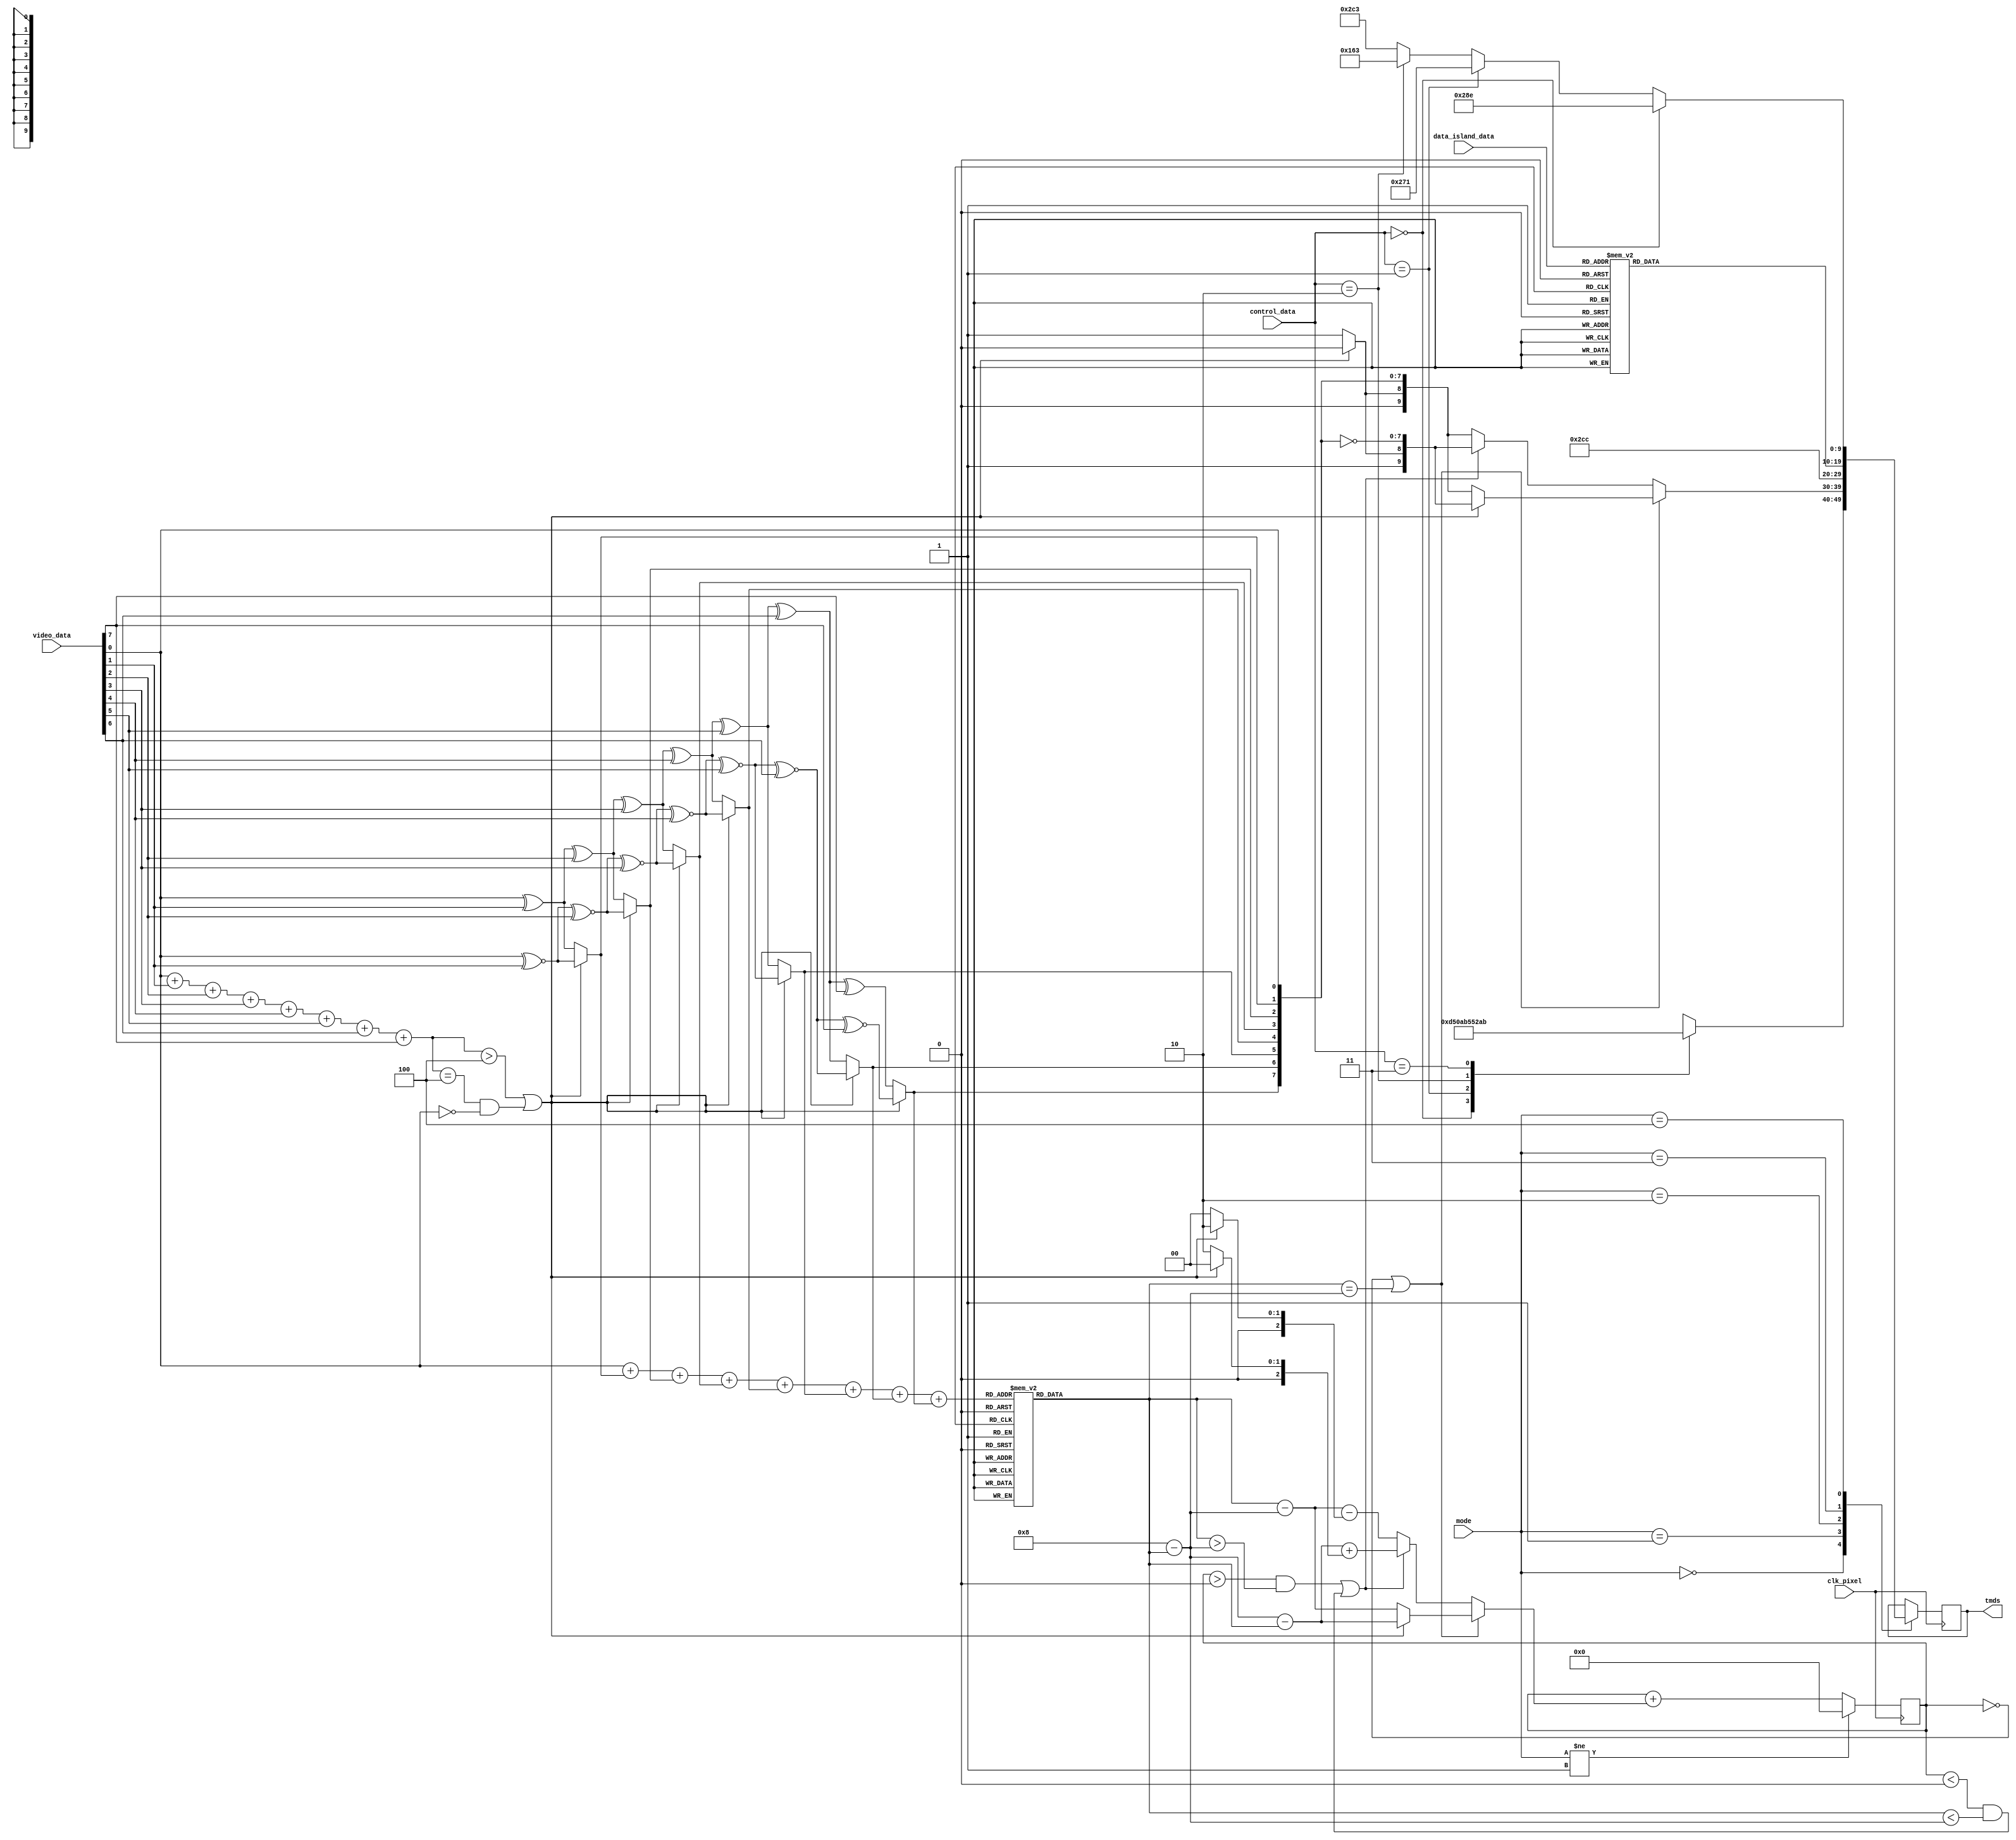
// Implementation of HDMI Spec v1.4a Section 5.4: Encoding, Section 5.2.2.1: Video Guard Band, Section 5.2.3.3: Data Island Guard Bands.
// By Sameer Puri https://github.com/sameer

module tmds_channel
#(
    // TMDS Channel number.
    // There are only 3 possible channel numbers in HDMI 1.4a: 0, 1, 2.
    parameter  CN = 0
)
(
    input  clk_pixel,
    input  [7:0] video_data,
    input  [3:0] data_island_data,
    input  [1:0] control_data,
    input  [2:0] mode,  // Mode select (0 = control, 1 = video, 2 = video guard, 3 = island, 4 = island guard)
    output reg [9:0] tmds = 10'b1101010100
);

// See Section 5.4.4.1
// Below is a direct implementation of Figure 5-7, using the same variable names.

reg signed [4:0] acc = 5'sd0;

reg [8:0] q_m;
reg [9:0] q_out;
wire [9:0] video_coding;
assign video_coding = q_out;

reg [3:0] N1D;
reg signed [4:0] N1q_m07;
reg signed [4:0] N0q_m07;
always @(*)
begin
    N1D = video_data[0] + video_data[1] + video_data[2] + video_data[3] + video_data[4] + video_data[5] + video_data[6] + video_data[7];
    case(q_m[0] + q_m[1] + q_m[2] + q_m[3] + q_m[4] + q_m[5] + q_m[6] + q_m[7])
        4'b0000: N1q_m07 = 5'sd0;
        4'b0001: N1q_m07 = 5'sd1;
        4'b0010: N1q_m07 = 5'sd2;
        4'b0011: N1q_m07 = 5'sd3;
        4'b0100: N1q_m07 = 5'sd4;
        4'b0101: N1q_m07 = 5'sd5;
        4'b0110: N1q_m07 = 5'sd6;
        4'b0111: N1q_m07 = 5'sd7;
        4'b1000: N1q_m07 = 5'sd8;
        default: N1q_m07 = 5'sd0;
    endcase
    N0q_m07 = 5'sd8 - N1q_m07;
end

reg signed [4:0] acc_add;

integer i;

always @(*)
begin
    if (N1D > 4'd4 || (N1D == 4'd4 && video_data[0] == 1'd0))
    begin
        q_m[0] = video_data[0];
        for(i = 0; i < 7; i = i + 1)
            q_m[i + 1] = q_m[i] ~^ video_data[i + 1];
        q_m[8] = 1'b0;
    end
    else
    begin
        q_m[0] = video_data[0];
        for(i = 0; i < 7; i = i + 1)
            q_m[i + 1] = q_m[i] ^ video_data[i + 1];
        q_m[8] = 1'b1;
    end
    if (acc == 5'sd0 || (N1q_m07 == N0q_m07))
    begin
        if (q_m[8])
        begin
            acc_add = N1q_m07 - N0q_m07;
            q_out = {~q_m[8], q_m[8], q_m[7:0]};
        end
        else
        begin
            acc_add = N0q_m07 - N1q_m07;
            q_out = {~q_m[8], q_m[8], ~q_m[7:0]};
        end
    end
    else
    begin
        if ((acc > 5'sd0 && N1q_m07 > N0q_m07) || (acc < 5'sd0 && N1q_m07 < N0q_m07))
        begin
            q_out = {1'b1, q_m[8], ~q_m[7:0]};
            acc_add = (N0q_m07 - N1q_m07) + (q_m[8] ? 5'sd2 : 5'sd0);
        end
        else
        begin
            q_out = {1'b0, q_m[8], q_m[7:0]};
            acc_add = (N1q_m07 - N0q_m07) - (~q_m[8] ? 5'sd2 : 5'sd0);
        end
    end
end

always @(posedge clk_pixel) acc <= mode != 3'd1 ? 5'sd0 : acc + acc_add;

// See Section 5.4.2
reg [9:0] control_coding;
always @(*)
begin
     case(control_data)
        2'b00: control_coding = 10'b1101010100;
        2'b01: control_coding = 10'b0010101011;
        2'b10: control_coding = 10'b0101010100;
        2'b11: control_coding = 10'b1010101011;
    endcase
end

// See Section 5.4.3
reg [9:0] terc4_coding;
always @(*)
begin
     case(data_island_data)
        4'b0000 : terc4_coding = 10'b1010011100;
        4'b0001 : terc4_coding = 10'b1001100011;
        4'b0010 : terc4_coding = 10'b1011100100;
        4'b0011 : terc4_coding = 10'b1011100010;
        4'b0100 : terc4_coding = 10'b0101110001;
        4'b0101 : terc4_coding = 10'b0100011110;
        4'b0110 : terc4_coding = 10'b0110001110;
        4'b0111 : terc4_coding = 10'b0100111100;
        4'b1000 : terc4_coding = 10'b1011001100;
        4'b1001 : terc4_coding = 10'b0100111001;
        4'b1010 : terc4_coding = 10'b0110011100;
        4'b1011 : terc4_coding = 10'b1011000110;
        4'b1100 : terc4_coding = 10'b1010001110;
        4'b1101 : terc4_coding = 10'b1001110001;
        4'b1110 : terc4_coding = 10'b0101100011;
        4'b1111 : terc4_coding = 10'b1011000011;
    endcase
end

// See Section 5.2.2.1
wire [9:0] video_guard_band;
generate
    if (CN == 0 || CN == 2)
        assign video_guard_band = 10'b1011001100;
    else
        assign video_guard_band = 10'b0100110011;
endgenerate

// See Section 5.2.3.3
wire [9:0] data_guard_band;
generate
    if (CN == 1 || CN == 2)
        assign data_guard_band = 10'b0100110011;
    else
        assign data_guard_band = control_data == 2'b00 ? 10'b1010001110
            : control_data == 2'b01 ? 10'b1001110001
            : control_data == 2'b10 ? 10'b0101100011
            : 10'b1011000011;
endgenerate

// Apply selected mode.
always @(posedge clk_pixel)
begin
    case (mode)
        3'd0: tmds <= control_coding;
        3'd1: tmds <= video_coding;
        3'd2: tmds <= video_guard_band;
        3'd3: tmds <= terc4_coding;
        3'd4: tmds <= data_guard_band;
    endcase
end

endmodule